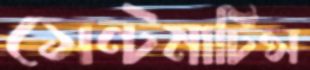
সেন্টমার্টিন্স